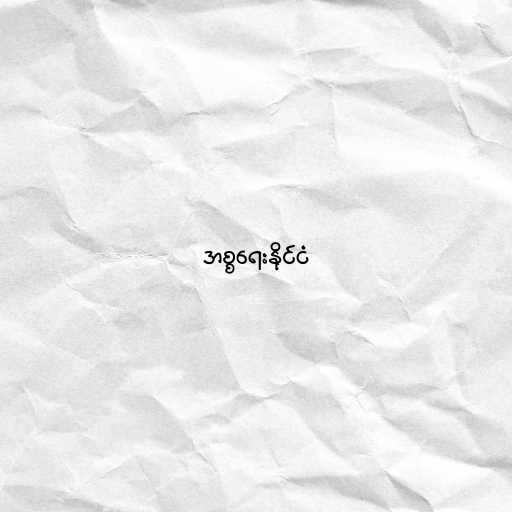
အစ္စရေးနိုင်ငံ